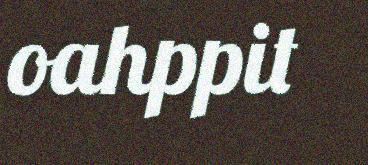
oahppit